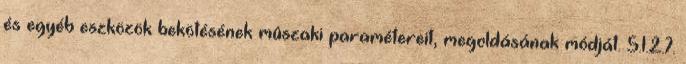
és egyéb eszközök bekötésének mûszaki paramétereit, megoldásának módját. 5.1.2.7.